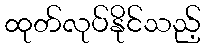
ထုတ်လုပ်နိုင်သည့်